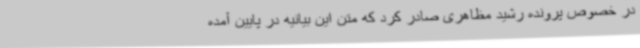
در خصوص پرونده رشید مظاهری صادر کرد که متن این بیانیه در پایین آمده